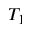
T _ { 1 }